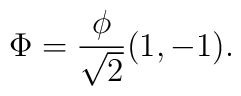
\Phi = {\phi \over \sqrt{2}} (1, -1).